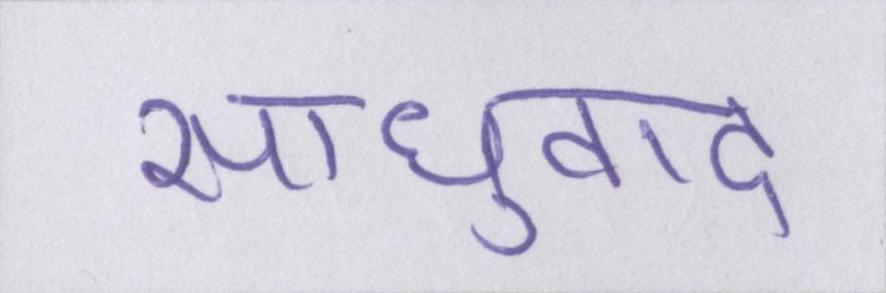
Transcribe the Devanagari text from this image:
साधुवाद